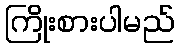
ကြိုးစားပါမည်